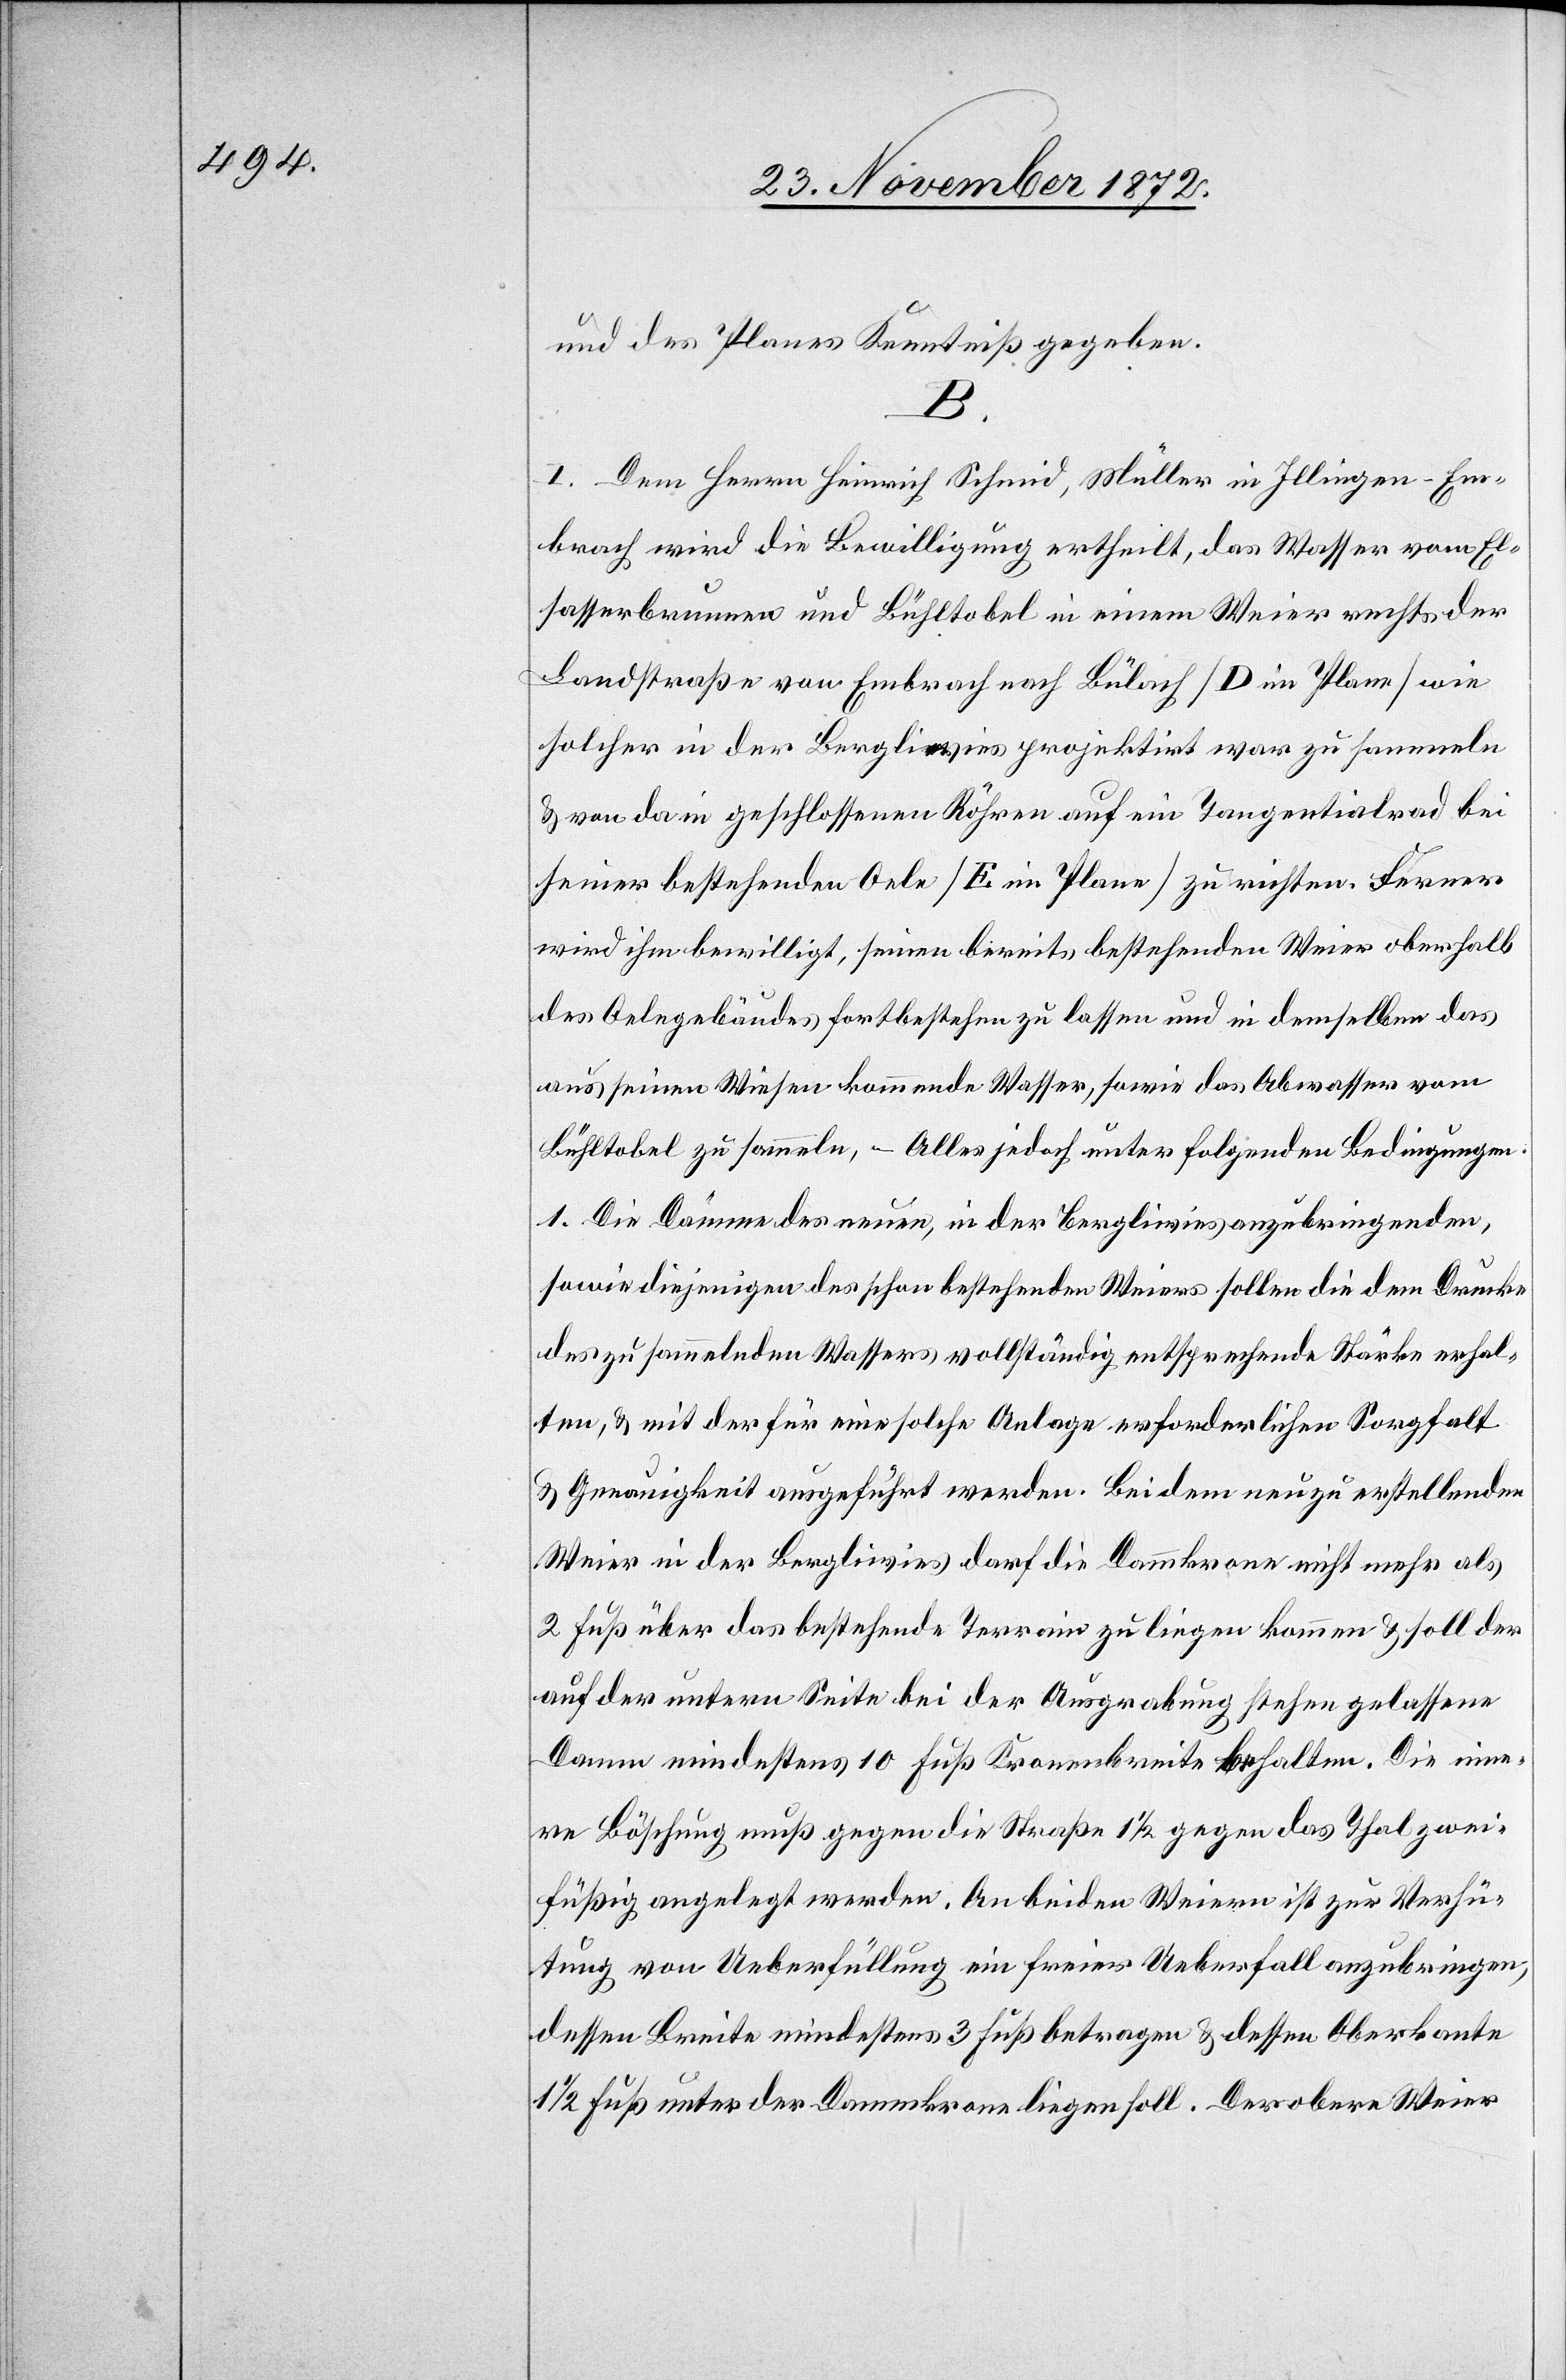
und des Planes Kenntniß gegeben.
B.
I. Dem Herrn Heinrich Schmid, Müller in Illingen-Em¬
brach wird die Bewilligung ertheilt, das Wasser vom El¬
sasserbrunnen und Bühltobel in einem Weier rechts der
Landstraße von Embrach nach Bülach [D im Plane] wie
solcher in der Bergliwies projektirt war zu sammeln
u. von da in geschlossenen Röhren auf ein Tangentialrad bei
seiner bestehenden Oele [E im Plane] zu richten. Ferner
wird ihm bewilligt, seinen bereits bestehenden Weier oberhalb
des Oelgebäudes fortbestehen zu lassen und in demselben das
aus seinen Wiesen kommende Wasser, sowie das Abwasser vom
Bühltobel zu sammeln, – Alles jedoch unter folgenden Bedingungen:
1. Die Dämme des neuen, in der Bergliwies anzubringenden,
sowie diejenigen des schon bestehenden Weiers sollen die dem Drucke
des zu sammelnden Wassers vollständig entsprechende Stärke erhal¬
ten, u. mit der für eine solche Anlage erforderlichen Sorgfalt
u. Genauigkeit ausgeführt werden. Bei dem neu zu erstellenden
Weier in der Bergliwies darf die Dammkrone nicht mehr als
2 Fuß über das bestehende Terrain zu liegen kommen u. soll der
auf der untern Seite bei der Ausgrabung stehen gelassene
Damm mindestens 10 Fuß Kronenbreite behalten. Die inne¬
re Böschung muß gegen die Straße 1 1/2 gegen das Thal zwei¬
füßig angelegt werden. An beiden Weiern ist zur Verfü¬
gung von Ueberfüllung ein freier Ueberfall anzubringen,
dessen Breite mindestens 3 Fuß betragen u. dessen Oberkante
1/2 Fuß unter der Dammkrone liegen soll. Der obere Weier